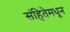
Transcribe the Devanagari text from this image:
संहितेमधून